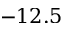
- 1 2 . 5